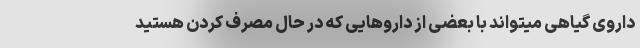
داروی گیاهی میتواند با بعضی از داروهایی که در حال مصرف کردن هستید